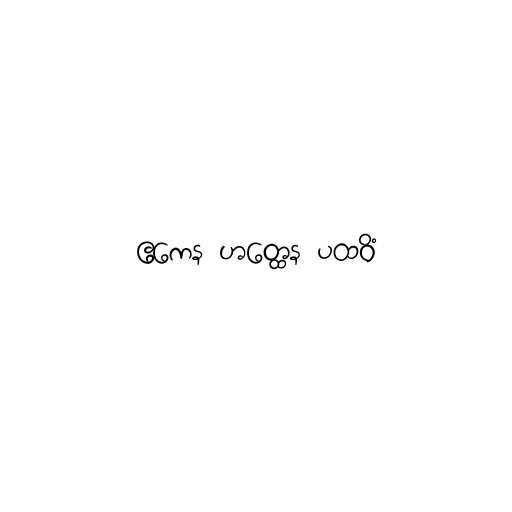
ဧကေန ဟတ္ထေန ပထဝိံ